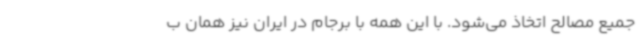
جمیع مصالح اتخاذ می‌شود. با این‌ همه با برجام در ایران نیز همان ب